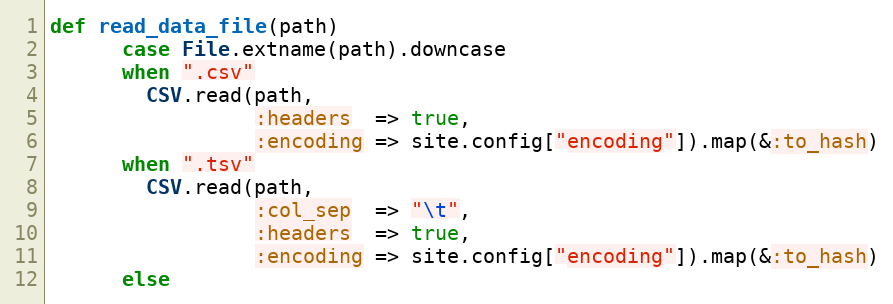
Language: Ruby
def read_data_file(path)
      case File.extname(path).downcase
      when ".csv"
        CSV.read(path,
                 :headers  => true,
                 :encoding => site.config["encoding"]).map(&:to_hash)
      when ".tsv"
        CSV.read(path,
                 :col_sep  => "\t",
                 :headers  => true,
                 :encoding => site.config["encoding"]).map(&:to_hash)
      else